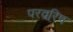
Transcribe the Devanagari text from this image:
परवरिष